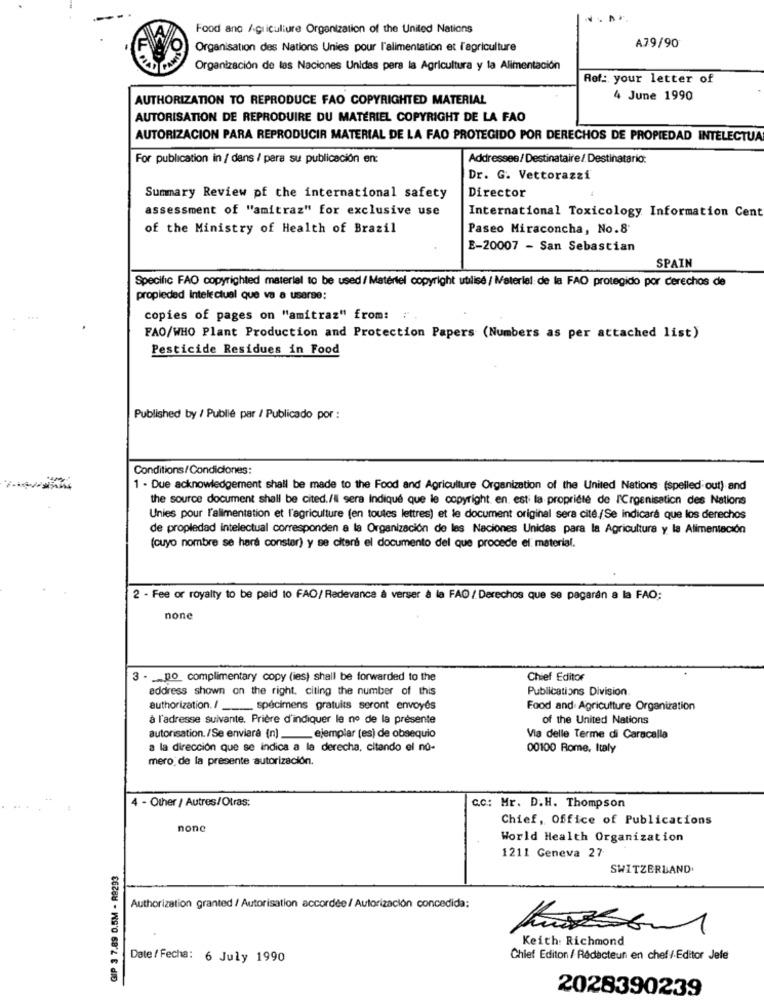
Food and Agriculture Organization of the United Nations
A79/90
Organisation des Nations Unies pour l'alimentation et l'agriculture
Organización de las Naciones Unidas pera la Agricultura y la Alimentación
Ref: your letter of
AUTHORIZATION TO REPRODUCE FAO COPYRIGHTED MATERIAL
4 June 1990
AUTORISATION DE REPRODUIRE DU MATÉRIEL COPYRIGHT DE LA FAO
AUTORIZACION PARA REPRODUCIR MATERIAL DE LA FAO PROTEGIDO POR DERECHOS DE PROPIEDAD INTELECTUAL
For publication in / dans / para su publicación en:
Addresses/Destinataire/ Destinatario:
Dr. G. Vettorazzi
Summary Review pf the international safety
Director
assessment of "amitraz" for exclusive use
International Toxicology Information Cent
of the Ministry of Health of Brazil
Paseo Miraconcha, No.8
E-20007 - San Sebastian
SPAIN
Specific FAO copyrighted material to be used/ Matériel copyright utilisé / Materiel de la FAO protegido por derechos de
propiedad Intelectual que va a usarse:
copies of pages on "amitraz" from: " .
FAO/WHO Plant Production and Protection Papers (Numbers as per attached list)
Pesticide Residues in Food
Published by / Publié par / Publicado por :
Conditions/Condiciones:
1 . Due acknowledgement shall be made to the Food and Agriculture Organization of the United Nations (spelled out) and
the source document shall be cited./l sera Indiqué que le copyright en. esti la propriété de l'Croenisation des Nations
Unies pour l'alimentation et l'agriculture (en toutes lettres) et le document original sera cité./Se indicará que los derechos
de propiedad intelectual corresponden a la Organización de les Naciones Unidas para la Agricultura y la Alimentación
(cuyo nombre se hará conster) y se citeré el documento del que procede el material.
2 - Fee or royalty to be paid to FAO/ Redevance à verser à la FAO / Derechos que se pagarán a la FAO;
none
3 - __ po complimentary copy (ies) shall be forwarded to the
Chief Editor
address shown on the right. citing the number of this
Publications Division.
authorization. / ___._. specimens gratuits seront envoyés
Food and Agriculture Organization
à l'adresse suivante. Prière d'indiquer le no de la présente
of the United Nations
autorisation. /Se enviara (n) __ ejemplar (es) de obsequio
Via delle Terme di Caracalla
a la dirección que se indica a la derecha, citando el no-
00100 Rome, Italy
mero de la presente autorización.
4 - Other / Autres/Otras:
c.C: Mr. D.H. Thompson
Chief, Office of Publications
none
World Health Organization
1211 Geneva 27
GIP 3 7.89 0.5M - R9293
SWITZERLAND.
Authorization granted / Autorisation accordée / Autorización concedida:
Keith: Richmond
Date / Fecha: 6 July 1990
Chief Editon /-Rédacteur en chef / Editor Jele
2028390239